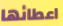
اعطائها